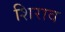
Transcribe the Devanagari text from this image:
शिराव